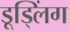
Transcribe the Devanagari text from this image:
डूड्लिंग